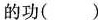
的功()